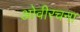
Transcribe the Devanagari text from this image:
ओवीरचना